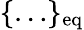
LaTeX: \{ \ldots\} _{\mathrm{eq}}